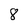
Character: 8